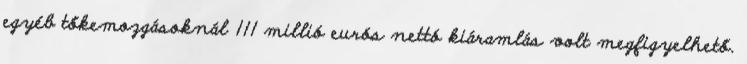
egyéb tőkemozgásoknál 111 millió eurós nettó kiáramlás volt megfigyelhető.